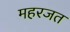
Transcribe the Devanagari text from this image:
महरजत